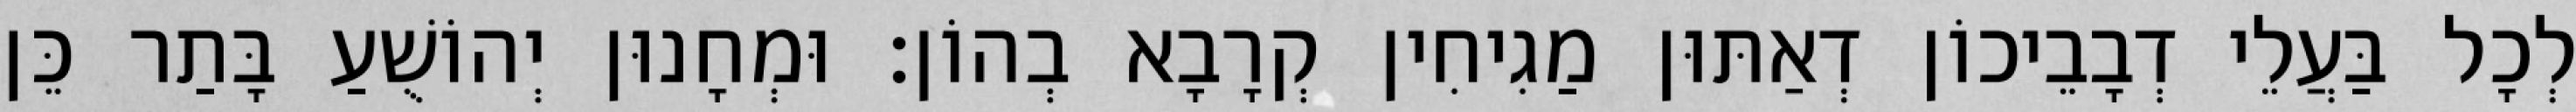
לְכָל בַּעֲלֵי דְבָבֵיכוֹן דְאַתּוּן מַגִיחִין קְרָבָא בְהוֹן׃ וּמְחָנוּן יְהוֹשֻׁעַ בָּתַר כֵּן